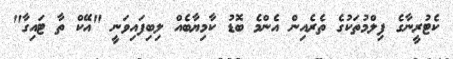
ކެޓުރީނާގެ ފިލްމުތަކުގެ ތެރެއިން އެންމެ ބޮޑު ކާމިޔާބެއް ލިބިފައިވަނީ "އޭކް ތާ ޓައިގާ"